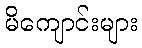
မိကျောင်းများ